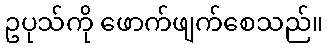
ဥပုသ်ကို ဖောက်ဖျက်စေသည်။